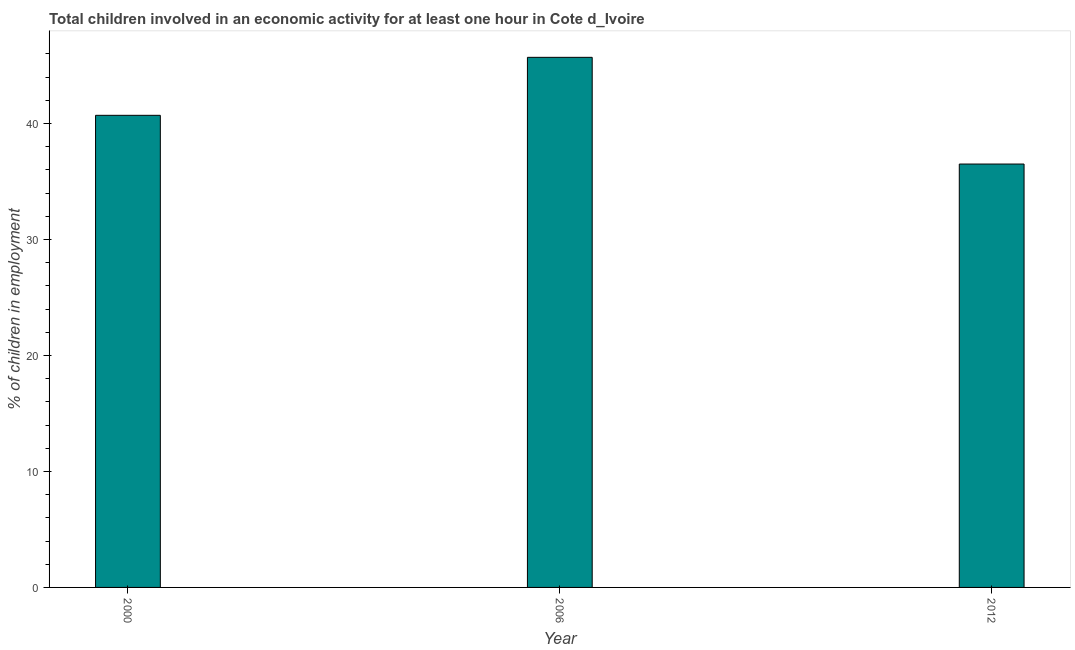
| Year | Children in employment |
 | --- | --- |
 | 2000 | 40.7 |
 | 2006 | 45.7 |
 | 2012 | 36.5 |